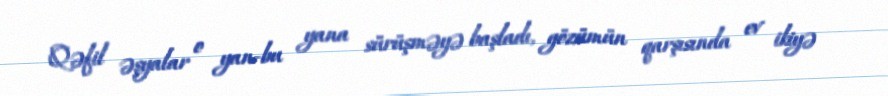
Qəfil əşyalar o yan-bu yana sürüşməyə başladı, gözümün qarşısında ev ikiyə